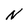
Character: N